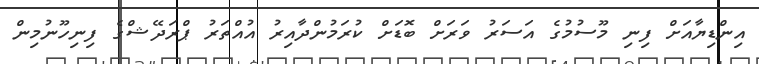
އިންޑިޔާއަށް ފިނި މޫސުމުގެ އަސަރު ވަރަށް ބޮޑަށް ކުރަމުންދާއިރު އުއްތަރު ޕްރަދޭޝްގެ ފިނިހޫނުމިން